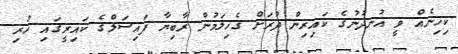
ކިހިނެއް ވީ އުނދުނުގެ ކައިރިން ދުރަށް ގެހިލަމުން ރާބިޔާ ފައިސަލްގެ ކައިރީގައި ހުރި